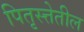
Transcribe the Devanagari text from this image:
पितृस्त्तेतील